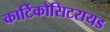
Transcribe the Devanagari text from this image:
कार्टिकोसिटरायड